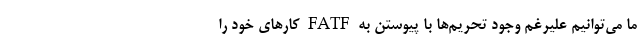
ما می‌توانیم علیرغم وجود تحریم‌ها با پیوستن به FATF کار‌های خود را